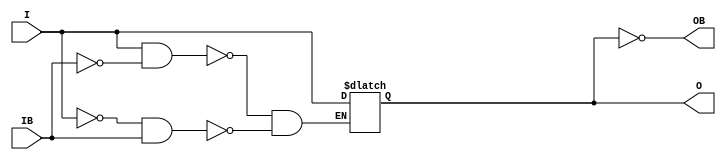
module IBUFGDS_DIFF_OUT (O, OB, I, IB);

    parameter DIFF_TERM = "FALSE";
    parameter IBUF_LOW_PWR = "TRUE";
    parameter IOSTANDARD = "LVDS_25";

    output O, OB;

    input  I, IB;

    reg  o_out;

    buf B0 (O, o_out);
    not B1 (OB, o_out);

    initial begin
        case (DIFF_TERM)

            "TRUE", "FALSE" : ;
            default : begin
                          $display("Attribute Syntax Error : The attribute DIFF_TERM on IBUFGDS_DIFF_OUT instance %m is set to %s.  Legal values for this attribute are TRUE or FALSE.", DIFF_TERM);
                          $finish;
                      end

        endcase // case(DIFF_TERM)

        case (IBUF_LOW_PWR)

            "FALSE", "TRUE" : ;
            default : begin
                          $display("Attribute Syntax Error : The attribute IBUF_LOW_PWR on IBUFGDS_DIFF_OUT instance %m is set to %s.  Legal values for this attribute are TRUE or FALSE.", IBUF_LOW_PWR);
                          $finish;
                      end

        endcase

    end

    always @(I or IB) begin
	if (I == 1'b1 && IB == 1'b0)
	    o_out <= I;
	else if (I == 1'b0 && IB == 1'b1)
	    o_out <= I;
    end


endmodule